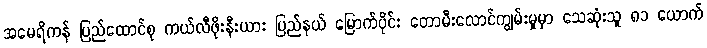
အမေရိကန် ပြည်ထောင်စု ကယ်လီဖိုးနီးယား ပြည်နယ် မြောက်ပိုင်း တောမီးလောင်ကျွမ်းမှုမှာ သေဆုံးသူ ၈၁ ယောက်